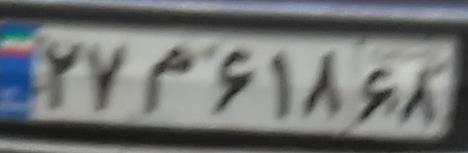
۲۷م۶۱۸۶۸